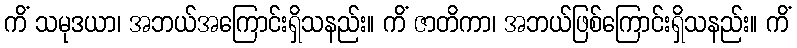
ကိံ သမုဒယာ၊ အဘယ်အကြောင်းရှိသနည်း။ ကိံ ဇာတိကာ၊ အဘယ်ဖြစ်ကြောင်းရှိသနည်း။ ကိံ